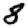
Digit: 8